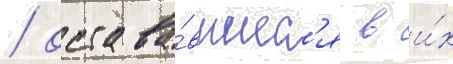
/ остава́вшиес'я в и́х